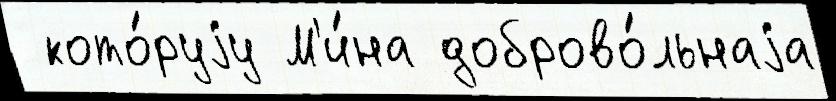
 кото́руjу М'и́на доброво́льнаjа